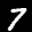
Label: 7